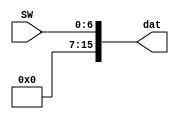
`timescale 1ns / 1ps
//////////////////////////////////////////////////////////////////////////////////
// Company: 
// Engineer: 
// 
// Design Name: 
// Module Name:    sw_to_dat 
// Project Name: 
// Target Devices: 
// Tool versions: 
// Description: 
//
// Dependencies: 
//
// Revision: 
// Revision 0.01 - File Created
// Additional Comments: 
//
//////////////////////////////////////////////////////////////////////////////////
module sw_to_dat(
    input [6:0] SW,
    output wire [15:0] dat
    );

assign dat = {9'b000000000, SW};
endmodule